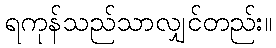
ရကုန်သည်သာလျှင်တည်း။